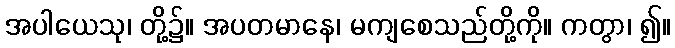
အပါယေသု၊ တို့၌။ အပတမာနေ၊ မကျစေသည်တို့ကို။ ကတွာ၊ ၍။